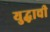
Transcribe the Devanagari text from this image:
युद्घाची